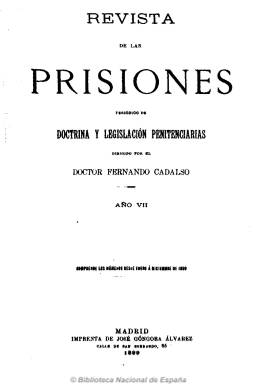
Título: Revista de las prisiones (Madrid. 1899)
Colección: Establecimientos penitenciarios
Ámbito geográfico: Madrid
Lugar de publicación: Madrid
Fechas: 01/01/1899-24/12/1903

Es continuación de Revista de prisiones y de policía (1898) que fundaran Ceferino Ródenas y Adolfo Soler en 1893 y que sigue subitulándose “periódico de doctrina y legislación penitenciarias”. Se edita cuatro días al mes en números de ocho páginas, siguiendo como director Fernando Cadalso, al que sustituirá durante un tiempo el abogado Juan García Coca a partir de junio de 1899, para retomar la dirección y propiedad después y ser sustituido más adelante por Eugenio Silvela, y éste por el senador Ramón Alonso Villapierna a partir de enero de 1903.

Como publicación profesional a favor de la reforma y mejora del sistema penitenciario y de los funcionarios a el adscritos y sus condiciones de trabajo, continúa publicando artículos doctrinales y de fondo sobre la materia y los distintos establecimientos, con una sección oficial dedicada a dar cuenta de la legislación penitenciaria, otra sobre sueltos y noticias varias, una revista de prensa y otra bibliográfica, y una última dedicada al personal del cuerpo de prisiones, sus nombramientos y traslados. El último número de cada año publica un índice anual de contenidos.